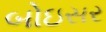
બોઇસર